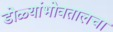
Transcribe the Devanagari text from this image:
डोळ्यांभोवतालचा